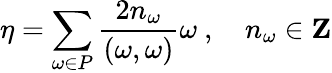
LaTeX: \eta=\sum_{\omega\in P}\frac{2n_{\omega}}{(\omega,\omega)}\omega\ ,\ \ \ \ n_{\omega}\in{\mathbf Z}